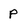
Character: p